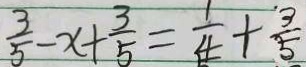
\frac { 3 } { 5 } - x + \frac { 3 } { 5 } = \frac { 1 } { 4 } + \frac { 3 } { 5 }